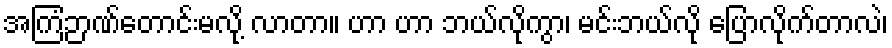
အကြံဉာဏ်တောင်းမလို့ လာတာ။ ဟာ ဟာ ဘယ်လိုကွာ၊ မင်းဘယ်လို ပြောလိုက်တာလဲ၊